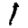
Digit: 1